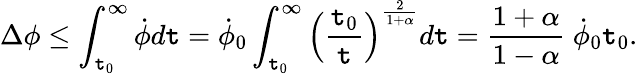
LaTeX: \Delta\phi\leq\int_{\mathtt{t}_{0}}^{\infty}\dot{{\phi}}d\mathtt{t}=\dot{{\phi}}_{0}\int_{\mathtt{t}_{0}}^{\infty}\left({\frac{{\mathtt{t}_{0}}}{{\mathtt{t}}}}\right)^{\frac{{2}}{{1+\alpha}}}d\mathtt{t}={\frac{{1+\alpha}}{{1-\alpha}}}~\dot{{\phi}}_{0}\mathtt{t}_{0}.